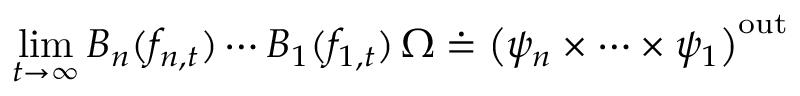
\operatorname * { l i m } _ { t \rightarrow \infty } B _ { n } ( f _ { n , t } ) \cdots B _ { 1 } ( f _ { 1 , t } ) \, \Omega \doteq \big ( \psi _ { n } \times \cdots \times \psi _ { 1 } \big ) ^ { \mathrm { o u t } } \,